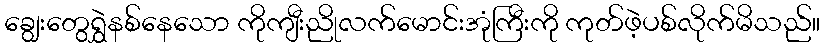
ချွေးတွေရွှဲနစ်နေသော ကိုကျီးညိုလက်မောင်းအုံကြီးကို ကုတ်ဖဲ့ပစ်လိုက်မိသည်။